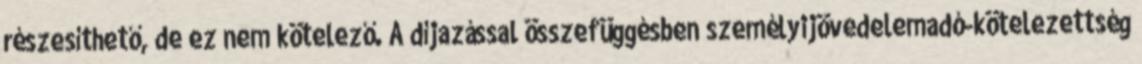
részesíthető, de ez nem kötelező. A díjazással összefüggésben személyijövedelemadó-kötelezettség